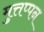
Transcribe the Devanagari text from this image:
मुत्तप्पन